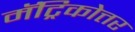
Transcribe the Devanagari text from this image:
मॅट्रिकोत्तर